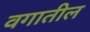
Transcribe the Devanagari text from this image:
वगातील